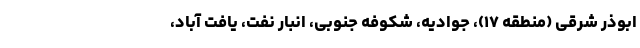
ابوذر شرقی (منطقه ۱۷)، جوادیه، شکوفه جنوبی، انبار نفت، یافت آباد،